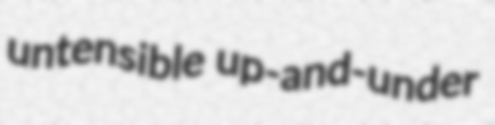
untensible up-and-under